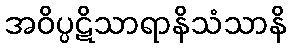
အဝိပ္ပဋိသာရာနိသံသာနိ